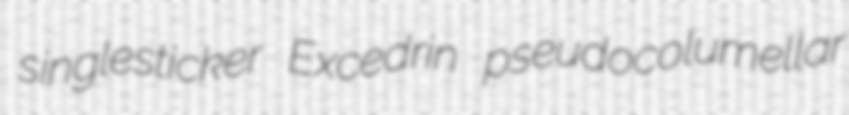
singlesticker Excedrin pseudocolumellar